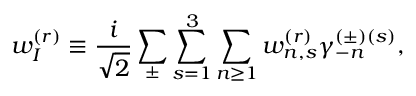
w _ { I } ^ { ( r ) } \equiv \frac { i } { \sqrt { 2 } } \sum _ { \pm } \sum _ { s = 1 } ^ { 3 } \sum _ { n \ge 1 } w _ { n , s } ^ { ( r ) } \gamma _ { - n } ^ { ( \pm ) ( s ) } ,